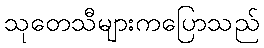
သုတေသီများကပြောသည်